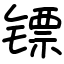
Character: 镖